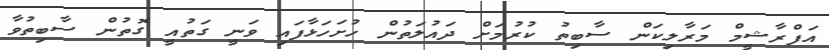
އަފްރާޝީމް މަރާލިކަން ސާބިތު ކުރުމަށް ދައުލަތުން ހުށަހަޅާފައި ވަނީ ގަތުއީ ގޮތުން ސާބިތުވާ